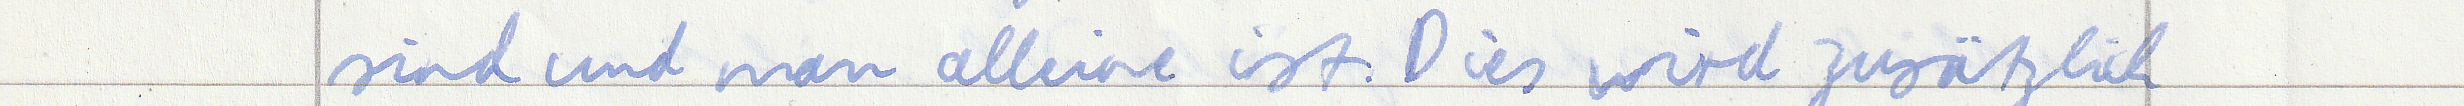
sind und man alleine ist. Dies wird zusätzlich